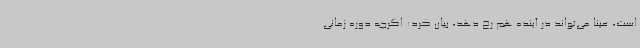
است، عینا می‌تواند در آینده هم رخ دهد، بیان کرد: اگرچه دوره زمانی